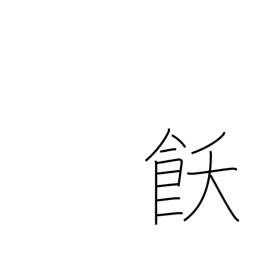
Meaning: satiety